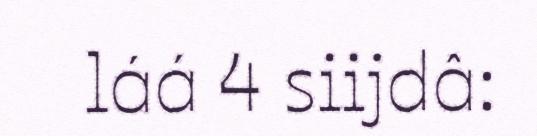
láá 4 siijdâ: